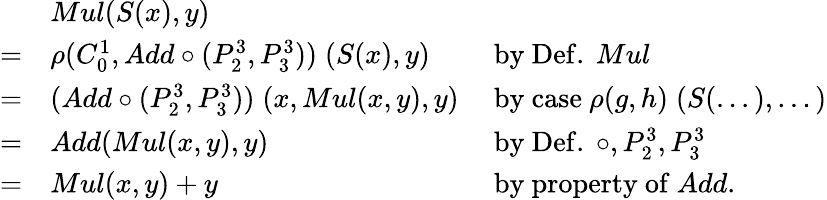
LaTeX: {\begin{array}{lll}&{Mul(S(x),y)}\\ {=}&{\rho(C_{0}^{1},Add\circ(P_{2}^{3},P_{3}^{3}))\; (S(x),y)}&{{\mathrm{~by~Def.~}}Mul}\\ {=}&{(Add\circ(P_{2}^{3},P_{3}^{3}))\; (x,Mul(x,y),y)}&{{\mathrm{~by~case~}}\rho(g,h)\; (S(...),...)}\\ {=}&{Add(Mul(x,y),y)}&{{\mathrm{~by~Def.~}}\circ,P_{2}^{3},P_{3}^{3}}\\ {=}&{Mul(x,y)+y}&{{\mathrm{~by~property~of~}}Add.}\end{array}}